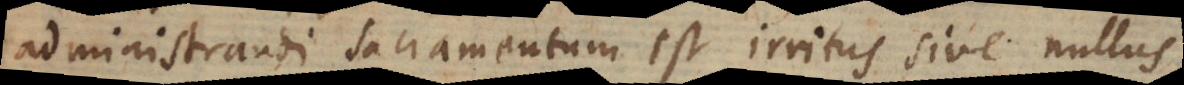
administrandi sacramentum est irritus sive nullus,